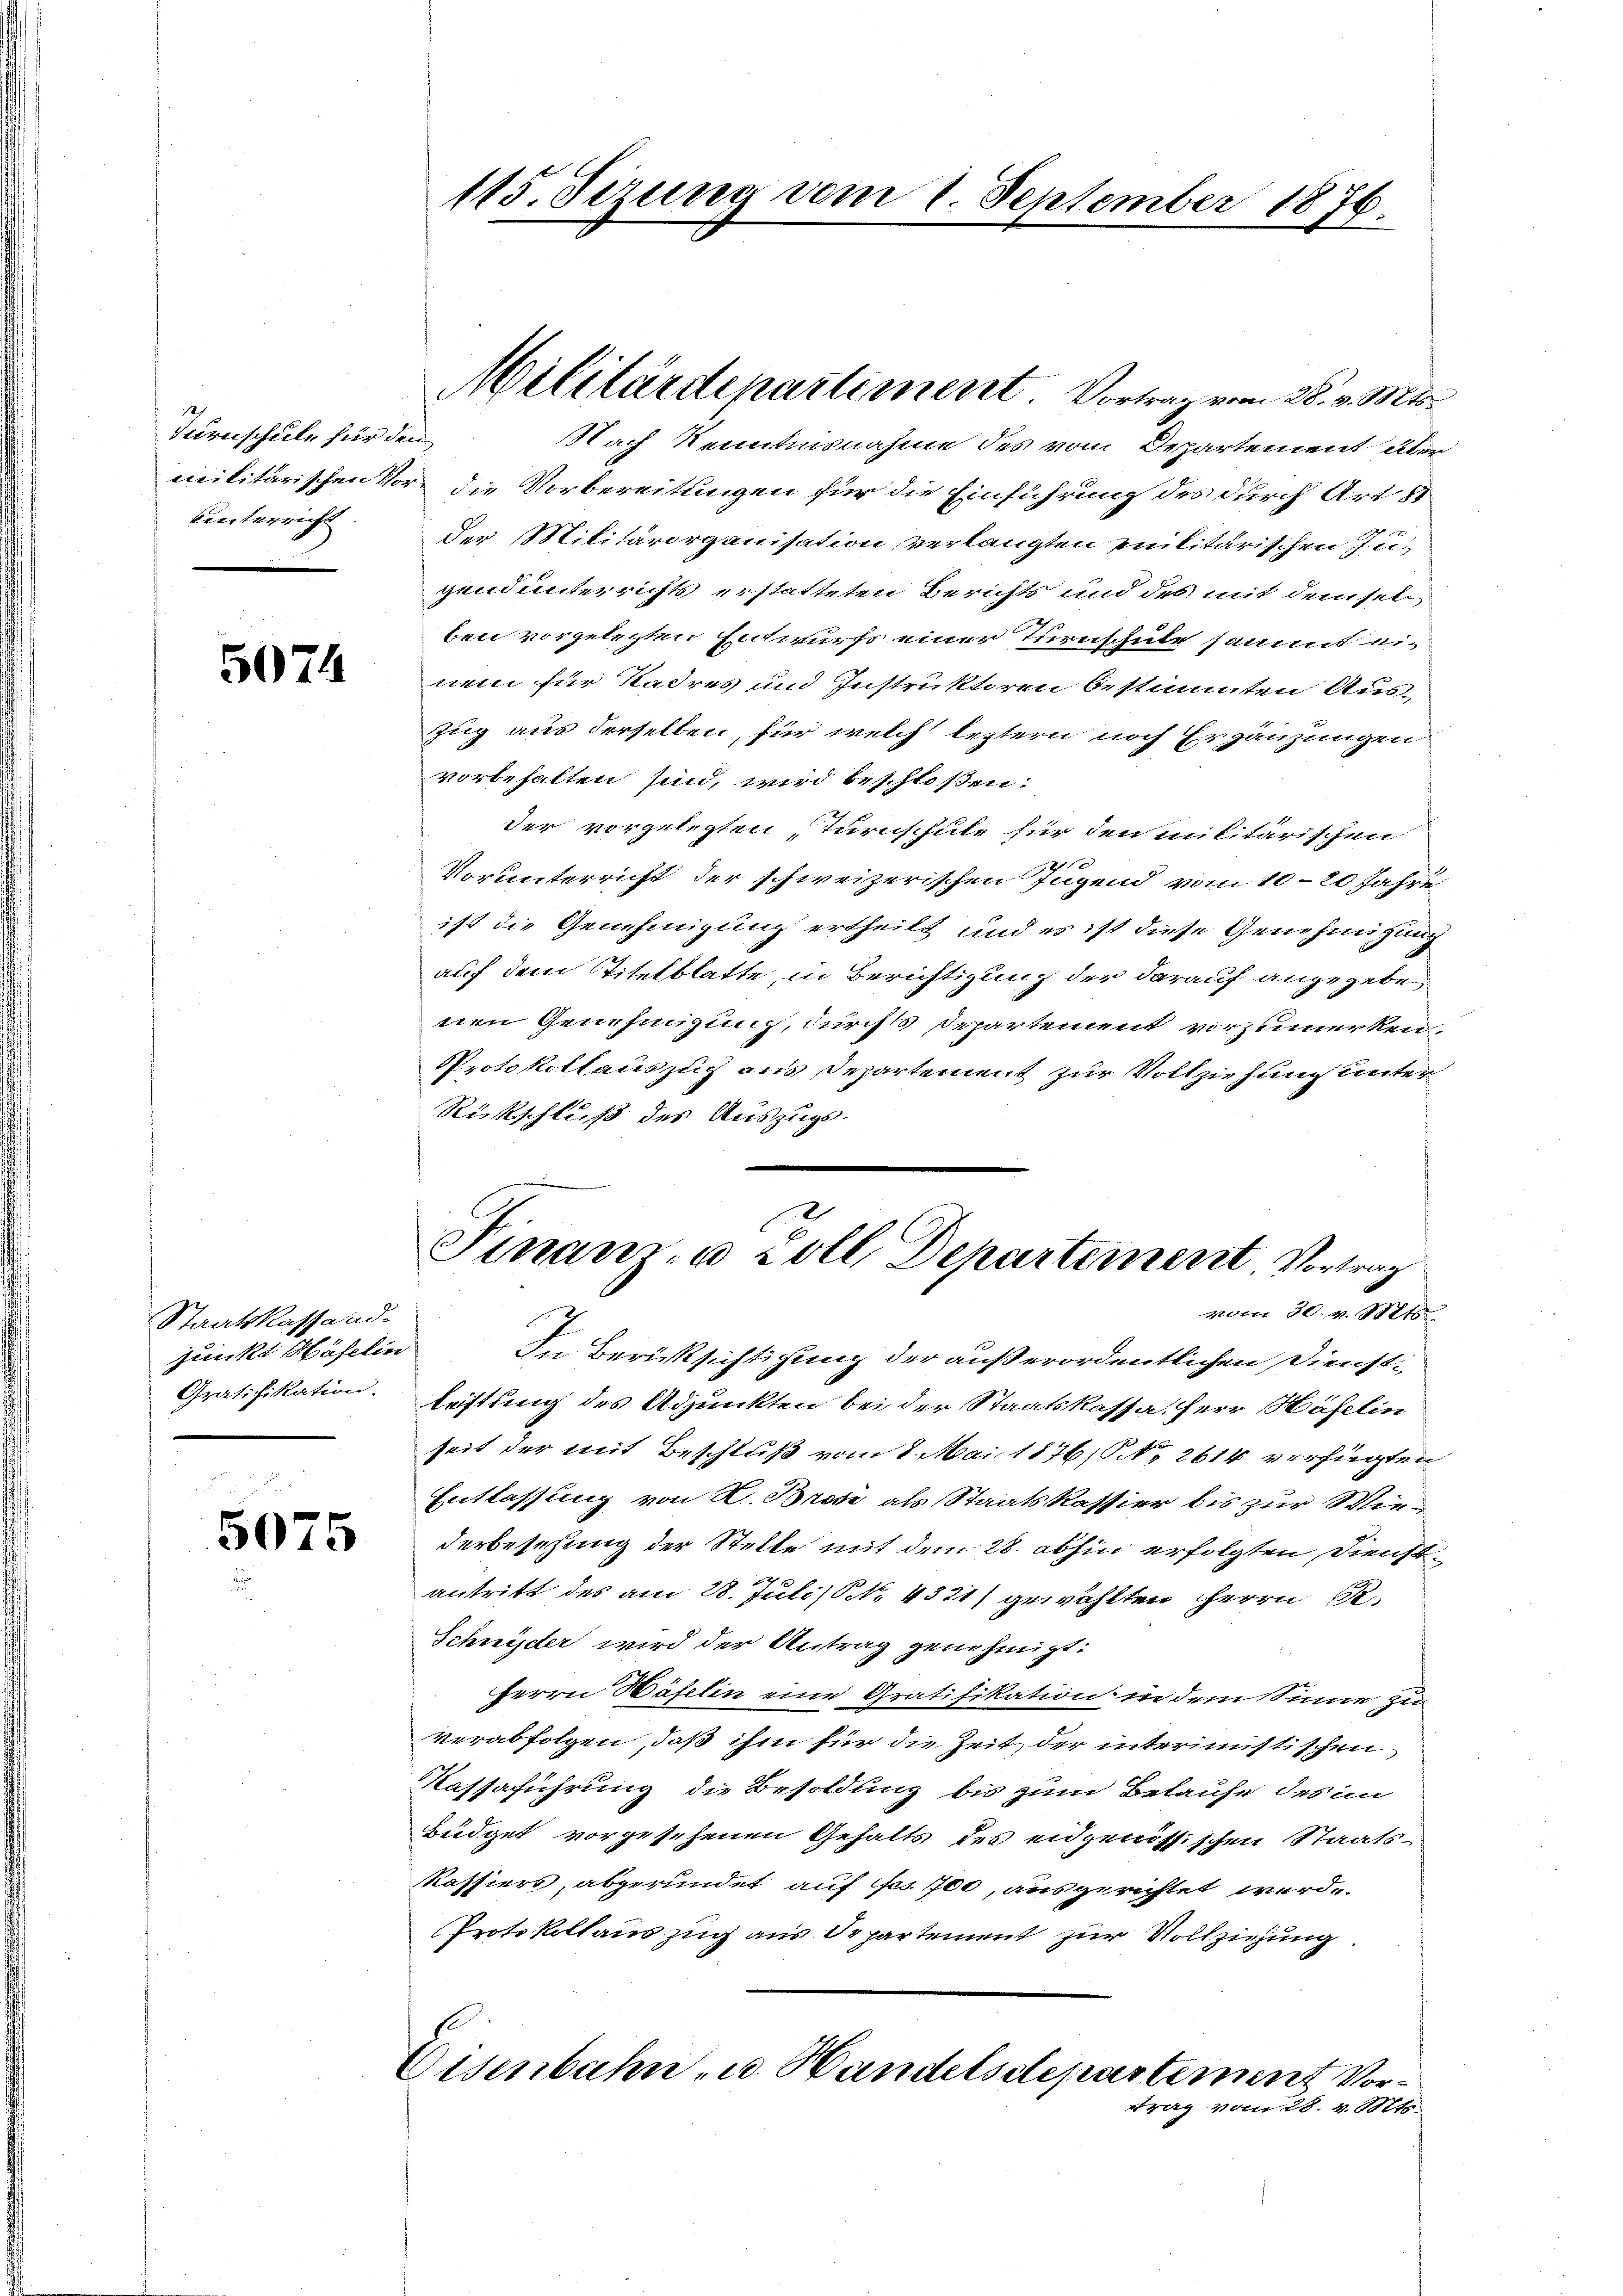
Turnschule für den
kinterricht. |

5074

Staatskassaadjunkt Häfelin
Gratifikation.

5075

Nach Kenntnisnahme des vom Departement über
militärischen Vor die Vorbereitungen für die Einführung des durch Art 51
der Militärorganisation verlangten Militärischen Ingend unterrichts erstatteten Berichts und des mit demselben vorgelegten Entwurfs einer Turnschule sammt einem für Kadres und Instruktoren bestimmten Aus¬
Zug aus derselben, für welch leztern noch Ergänzungen
vorbehalten sind, wird beschloßen:
der vorgelegten, Turnschule für den militärischen
20
Vorunterricht der schweizerischen Jugend vom 10–20 Jahre
ist die Genehmigung ertheilt und es ist diese Genehmigung
auf dem Titelblatte, in Berichtigung der darauf angegebe
nen Genehmigung, durch Departement vorzumerken:
Protokollauszug aus Departement zur Vollziehung unter
Rückschluß des Auszugs-
Finanz- u. soll Departement, Vortrag
vom 30. v. Mts.
In Berücksichtigung der außerordentlichen Dienstleistung des Adjunkten bei der Staatskassa, Herr Häfelin
seit der mit Beschluß vom 8. Mai 1876, No 2614 verfügten
Entlassung von K. Brod als Staatskassier bis zur Wiederbesehung der Stelle mit dem 28. abhin erfolgten Dienst
7
antritt des am 28. Juli/ NNo. 4321) gewählten Herrn R.
Schnyder wird der Antrag genehmigt:
Herrn Häfelin eine Gratifikation in dem Sinne zu
verabfolgen, daß ihm für die Zeit, der interimistischen
Kassaführung die Besoldung bis zum Belaufe des in
Büdget vorgesehenen Gehalts des eidgenössischen Staats-
kassiers, abgeründet auf Fr. 100, ausgerichtet werd.
Protokollauszug aus Departement zur Vollziehung
Eisenbahn u. Handelsdepartement Vortrag vom 28. v. Mts.

115. Sizung vom 1. September 1876.

Militärdepartement. Vortrag vom 28. v. Mts.